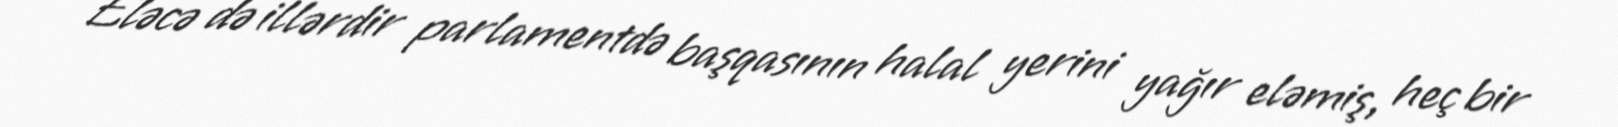
Eləcə də illərdir parlamentdə başqasının halal yerini yağır eləmiş, heç bir